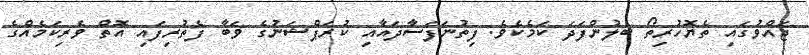
ޖައްވުގައި ތެޔޮހުރިތޯ ބެލުންފަދަ ކަމެކެވެ. ފިތުނަފަސާދައާއި ކުރަޕްޝަނުގެ ވަބާ ފެތުރިފައި އޮތް ވެރިކަމެއްގެ